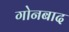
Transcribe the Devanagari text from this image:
गोनबाद